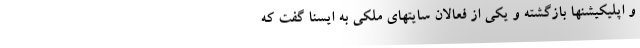
و اپلیکیشنها بازگشته و یکی از فعالان سایتهای ملکی به ایسنا گفت که